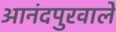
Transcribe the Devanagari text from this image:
आनंदपुरवाले